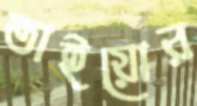
তাইয়োর